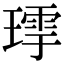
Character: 𤨹